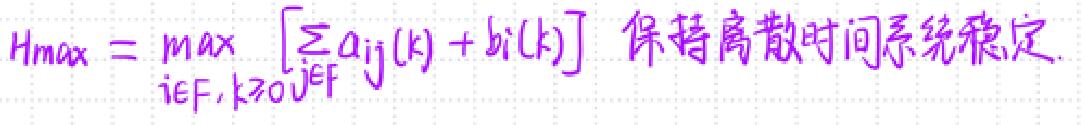
$H_{max}=max[\sum_{i\in F,k\in VF}a_{ij}(k)+b_{i}(l)]\ \ 保持离散时间系统稳定$